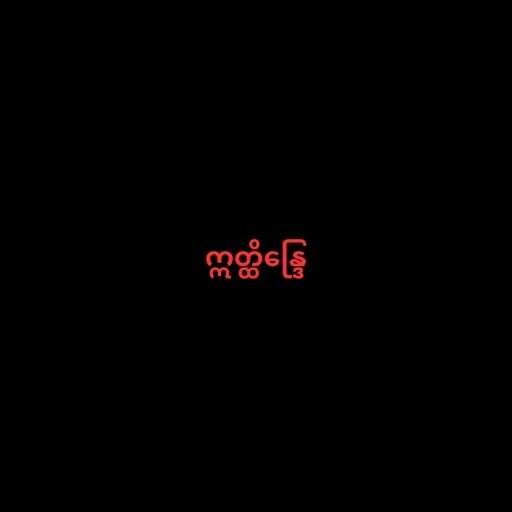
ဣတ္ထိန္ဒြေ